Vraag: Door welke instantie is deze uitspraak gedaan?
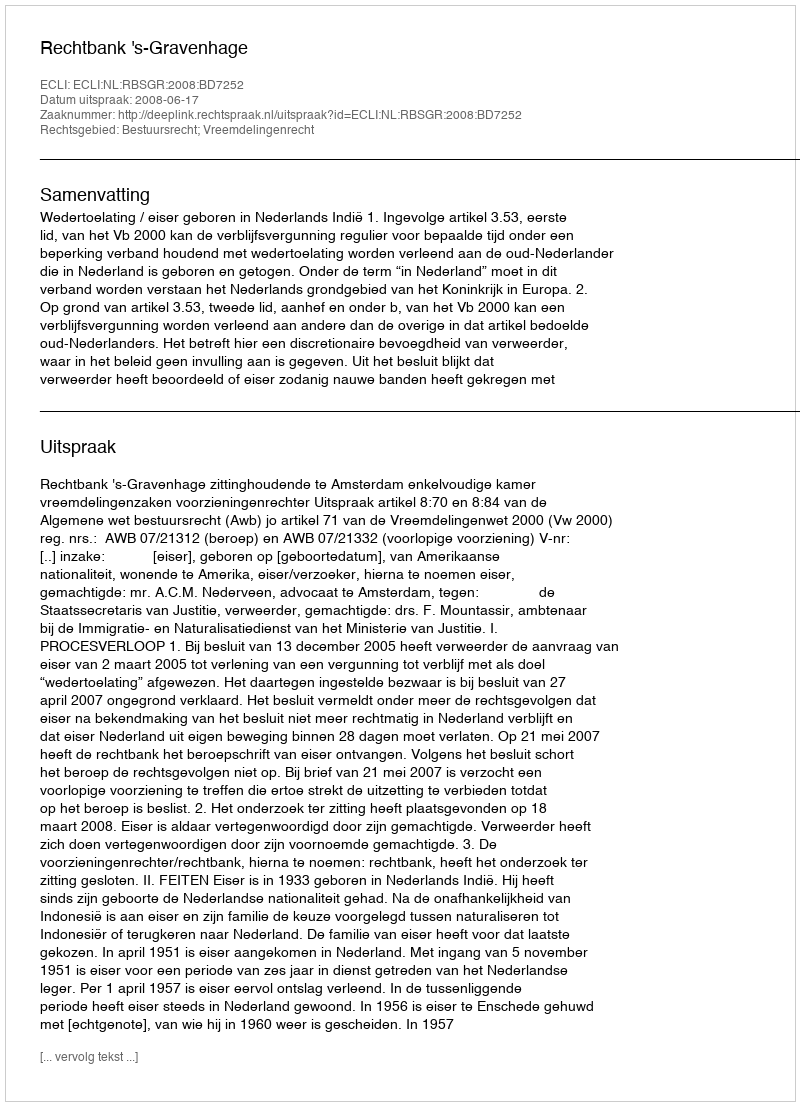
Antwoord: Rechtbank 's-Gravenhage